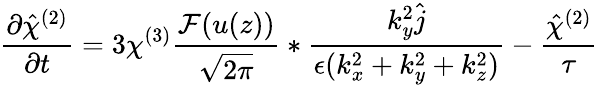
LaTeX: \frac{\partial\hat{{\chi}}^{(2)}}{\partial t}=3\chi^{(3)}\frac{\mathcal{F}(u(z))}{\sqrt{2\pi}}\ast\frac{k_{y}^{2}\hat{{j}}}{\epsilon(k_{x}^{2}+k_{y}^{2}+k_{z}^{2})}-\frac{\hat{{\chi}}^{(2)}}{\tau}